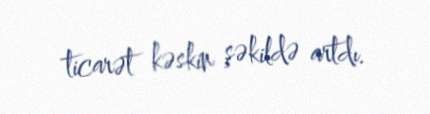
ticarət kəskin şəkildə artdı.